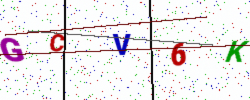
Text: GCV6K